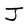
Character: J